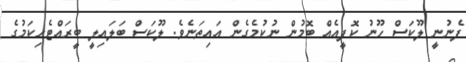
ފެނުނީ ލޫކަސް ހޫނު ކޮފީއެއް ބޮމުން ނުކުމެގެން އައިތަނެވެ. ލޫކަސް ބަލައިލީ ބީރައްޓެހިކަމުގެ